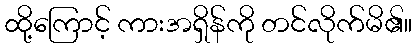
ထို့ကြောင့် ကားအရှိန်ကို တင်လိုက်မိ၏။